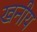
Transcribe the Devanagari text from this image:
खनीय